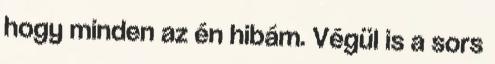
hogy minden az én hibám. Végül is a sors